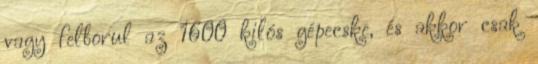
vagy felborul az 1600 kilós gépecske, és akkor csak